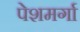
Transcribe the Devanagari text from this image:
पेशमर्गा